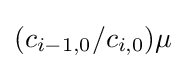
(c_{i-1,0}/c_{i,0})\mu